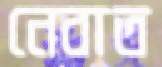
নেবাত